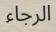
الرجاء